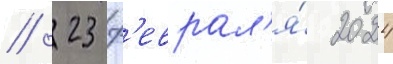
// 23 ф'еврал'я́ 2024